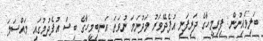
ބަލިވެއިނުން: ފިރިމީހާގެ ދަރިފަނި އުފެދޭވަރު މަދުނަމަ ނުވަތަ އަނބިމީހާގެ ބިސް އުފެދުމުގައި މައްސަލަ